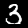
Digit: 3